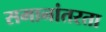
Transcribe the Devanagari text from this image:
समानांतरता